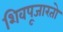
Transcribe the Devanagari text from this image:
शिवपूजारतो